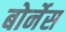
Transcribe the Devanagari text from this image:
बोर्नेस